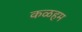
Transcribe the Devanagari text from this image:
कळहम